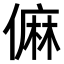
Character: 𠍨